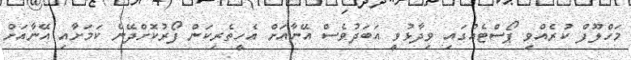
މަހްލޫފް ކުރެއްވި ޕޯސްޓެއްގައި ވިދާޅުވީ އަބަދުވެސް އޭނާއަށް އެހީތެރިކަން ފޯރުކޮށްދޭނެ ކަމަށާއި އޭނާއަށް